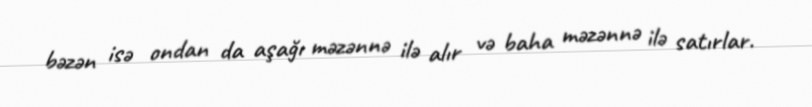
bəzən isə ondan da aşağı məzənnə ilə alır və baha məzənnə ilə satırlar.